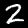
Digit: 2